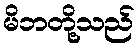
မိဘတို့သည်